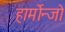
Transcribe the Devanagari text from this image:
हार्मोन्जो